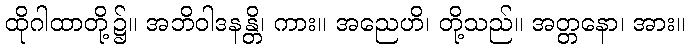
ထိုဂါထာတို့၌။ အဘိဝါဒနန္တိ၊ ကား။ အညေဟိ၊ တို့သည်။ အတ္တနော၊ အား။